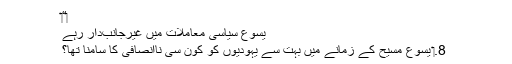
‏“‏
یسوع سیاسی معاملات میں غیرجانب‌دار رہے
8.‏ یسوع مسیح کے زمانے میں بہت سے یہودیوں کو کون سی نااِنصافی کا سامنا تھا؟